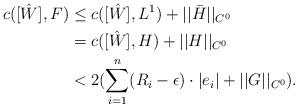
LaTeX: \begin{align*}c([\hat{W}],F)& \leq c([\hat{W}],L^1)+||\bar{H}||_{C^0}\\& = c([\hat{W}],H)+||H||_{C^0}\\ & <2(\sum_{i=1}^n(R_i-\epsilon)\cdot |e_i|+||G||_{C^0}).\end{align*}